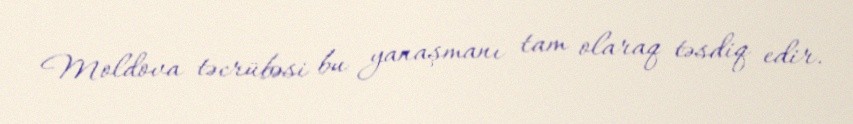
Moldova təcrübəsi bu yanaşmanı tam olaraq təsdiq edir.